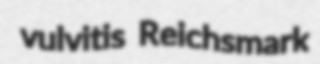
vulvitis Reichsmark